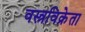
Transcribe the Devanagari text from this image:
वस्त्रविक्रेता